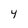
Character: 4